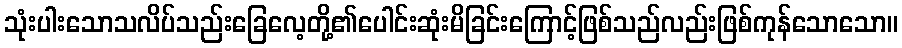
သုံးပါးသောသလိပ်သည်းခြေလေ့တို့၏ပေါင်းဆုံးမိခြင်းကြောင့်ဖြစ်သည်လည်းဖြစ်ကုန်သောသော။